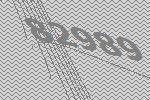
82989